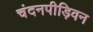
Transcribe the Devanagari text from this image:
चंदनपीड़िवन